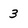
Character: 3